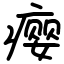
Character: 瘿